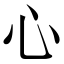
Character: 心